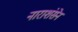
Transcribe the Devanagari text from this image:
नाराशंसेन